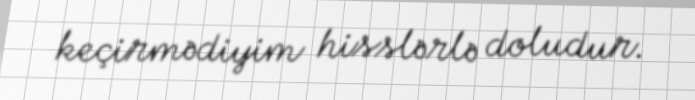
keçirmədiyim hisslərlə doludur.